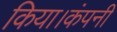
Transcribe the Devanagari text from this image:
किया।कंपनी